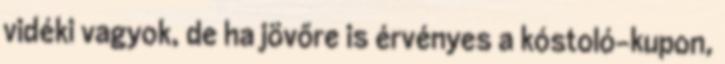
vidéki vagyok, de ha jövőre is érvényes a kóstoló-kupon,